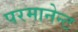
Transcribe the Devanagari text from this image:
परमानेन्ट